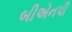
બીએનપી